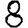
Digit: 8